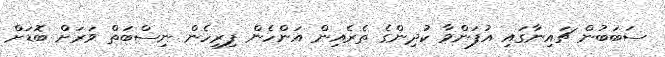
ސަބަބުން ޗައިނާގައި އުފަންވާ ކުދިންގެ ތެރެއިން އަންހެން ފިރިހެން ނިސްބަތް ވަރަށް ބޮޑަށް